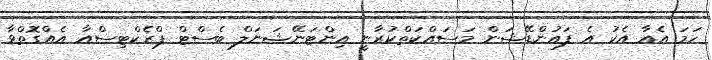
ހަމަ އެއާ އެކު އެ ފައުންޑޭޝަން މަސައްކަތްކުރާނީ އިންޓަނޭޝަނަލް ބެސްޓް ޕްރެކްޓިސްއާ އެއްގޮތްވާ